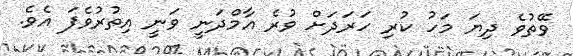
ވޭތުވެ ދިޔަ މަހު ކުރި ހަރަދަށް ވުރެ އާމްދަނީ ވަނީ އިތުރުވެފަ އެވެ.